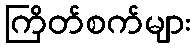
ကြိတ်စက်များ